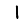
Digit: 1